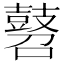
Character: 𪔓